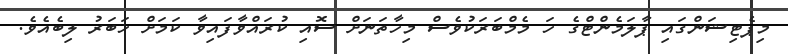
މިޕެޓިޝަންގައި ޕާލަމެންޓްގެ ހަ މެމްބަރަކުވެސް މިހާތަނަށް ސޮއި ކުރައްވާފައިވާ ކަމަށް ޚަބަރު ލިބެއެވެ.